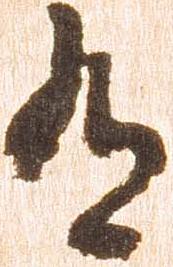
有